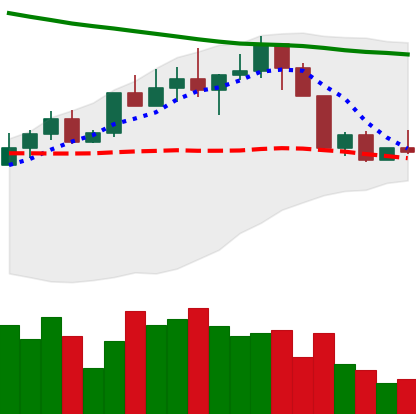
Ticker: LINK-USD
Chart end date: 2022-04-10
Forward return: -8.002%
Label: down_7plus